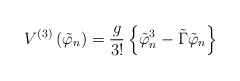
\begin{align*}V^{\left( 3\right) }\left( \tilde{\varphi}_n\right) =\frac g{3!}\left\{ \tilde{\varphi}_n^3-\tilde{\Gamma}\tilde{\varphi}_n\right\} \end{align*}